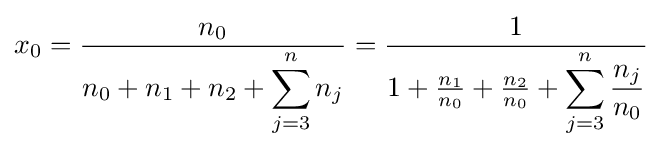
x_{0}={\frac {n_{0}}{n_{0}+n_{1}+n_{2}+\displaystyle \sum _{j=3}^{n}{n_{j}}}}={\frac {1}{1+{\frac {n_{1}}{n_{0}}}+{\frac {n_{2}}{n_{0}}}+\displaystyle \sum _{j=3}^{n}{\frac {n_{j}}{n_{0}}}}}